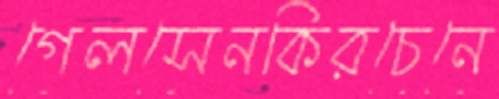
গেলসেনকিরচেনে